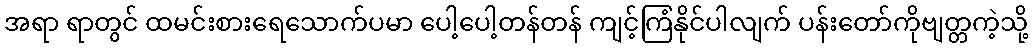
အရာ ရာတွင် ထမင်းစားရေသောက်ပမာ ပေါ့ပေါ့တန်တန် ကျင့်ကြံနိုင်ပါလျက် ပန်းတော်ကိုဗျတ္တကဲ့သို့